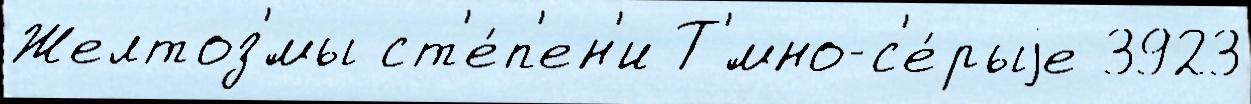
Желтоз'́мы ст'е́п'ен'и Т'́мно-с'е́рыjе 3923